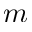
m